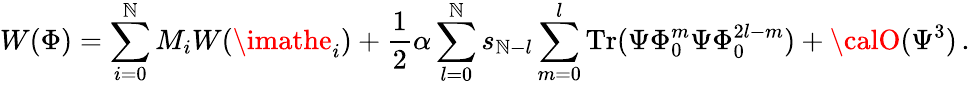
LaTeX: W(\Phi)=\sum_{i=0}^{\mathbb{N}}M_{i}W(\imathe_{i})+\frac{{1}}{{2}}\alpha\sum_{l=0}^{\mathbb{N}}s_{\mathbb{N}-l}\sum_{m=0}^{l}\mathrm{{Tr}}(\Psi\Phi_{0}^{m}\Psi\Phi_{0}^{2l-m})+{\calO}(\Psi^{3})\, .